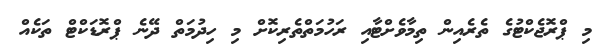
މި ޕްރޮޖެކްޓުގެ ތެރެއިން ތިމާވެށްޓާއި ރަހުމަތްތެރިކޮށް މި ހިދުމަތް ދޭނެ ޕްރޮޑަކްޓް ތަކެއް